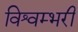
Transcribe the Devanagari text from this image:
विश्वम्भरी